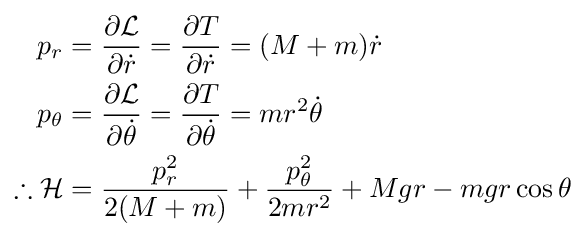
{\begin{aligned}p_{r}&={\frac {\partial {\mathcal {L}}}{\partial {\dot {r}}}}={\frac {\partial T}{\partial {\dot {r}}}}=(M+m){\dot {r}}\\p_{\theta }&={\frac {\partial {\mathcal {L}}}{\partial {\dot {\theta }}}}={\frac {\partial T}{\partial {\dot {\theta }}}}=mr^{2}{\dot {\theta }}\\\therefore {\mathcal {H}}&={\frac {p_{r}^{2}}{2(M+m)}}+{\frac {p_{\theta }^{2}}{2mr^{2}}}+Mgr-mgr\cos {\theta }\end{aligned}}